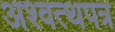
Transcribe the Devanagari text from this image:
अश्वत्थपत्र